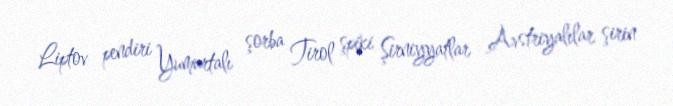
Liptov pendiri Yumurtalı şorba Tirol şpiki Şirniyyatlar Avstriyalılar şirin